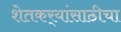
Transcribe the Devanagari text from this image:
शेतकर्‍यांसाठीचा